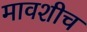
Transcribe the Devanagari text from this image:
मावशीच